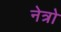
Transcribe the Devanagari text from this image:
नेत्रो